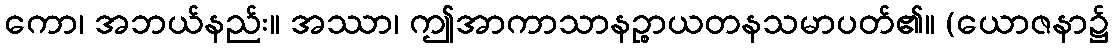
ကော၊ အဘယ်နည်း။ အဿာ၊ ဤအာကာသာနဉ္စာယတနသမာပတ်၏။ (ယောဇနာ၌